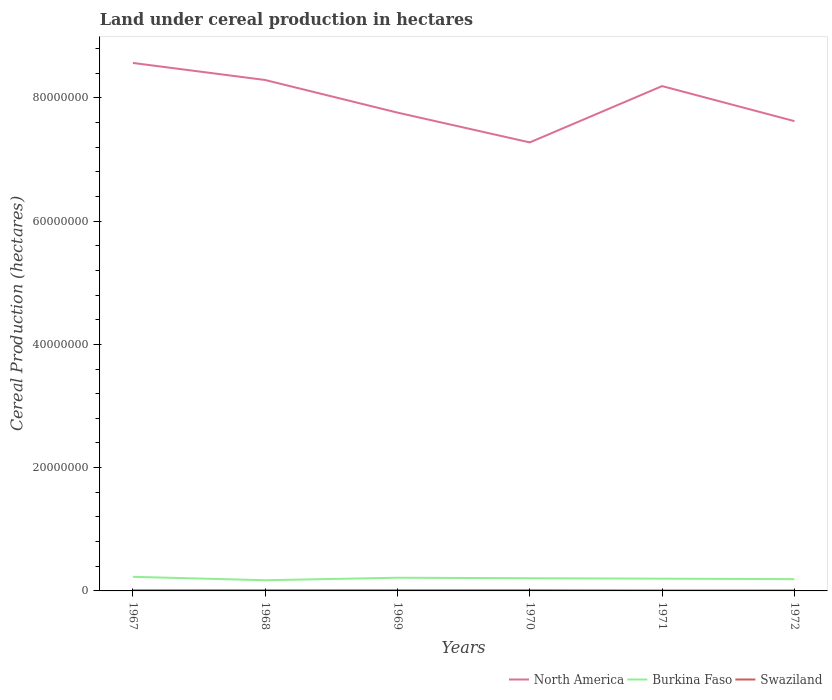
| Years | North America | Burkina Faso | Swaziland |
 | --- | --- | --- | --- |
 | 1967 | 8.57e+07 | 2.29e+06 | 1.03e+05 |
 | 1968 | 8.29e+07 | 1.73e+06 | 1.07e+05 |
 | 1969 | 7.76e+07 | 2.14e+06 | 1.11e+05 |
 | 1970 | 7.28e+07 | 2.06e+06 | 1.12e+05 |
 | 1971 | 8.19e+07 | 1.99e+06 | 7.19e+04 |
 | 1972 | 7.62e+07 | 1.91e+06 | 7.41e+04 |